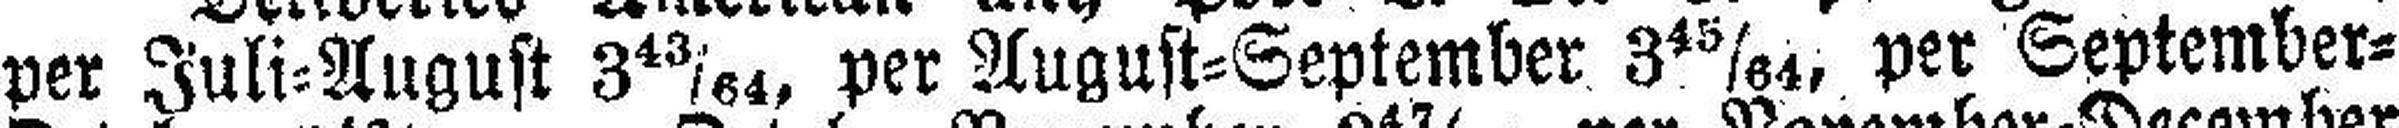
per Juli=August 3 43/64, per August=September 3 45/64, per September=